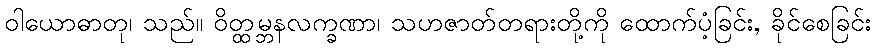
ဝါယောဓာတု၊ သည်။ ဝိတ္ထမ္ဘနလက္ခဏာ၊ သဟဇာတ်တရားတို့ကို ထောက်ပံ့ခြင်း, ခိုင်စေခြင်း